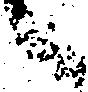
候